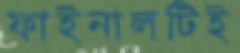
ফাইনালটিই